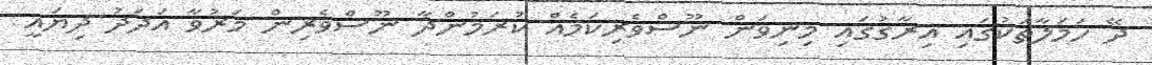
ދޭ ހަމަލާތަކުގައި އިރާގުގައި މިނިވަން ނޫސްވެރިކަމެއް ކުރަމުންދާ ނޫސްވެރިން މަރުވާ އަދަދު ދިޔައީ